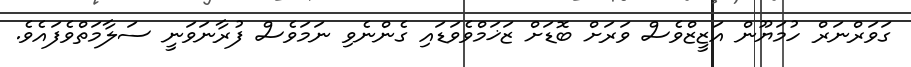
ގަވަރްނަރް ހުމަޔޫން އަޒީޒްވެސް ވަރަށް ބޮޑަށް ޒަޚަމްވެވަޑައި ގެންނެވި ނަމަވެސް ފުރާނަވަނީ ސަލާމަތްވެފައެވެ.